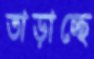
তাড়াচ্ছে